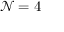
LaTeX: { \mathcal { N } } = 4